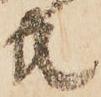
共